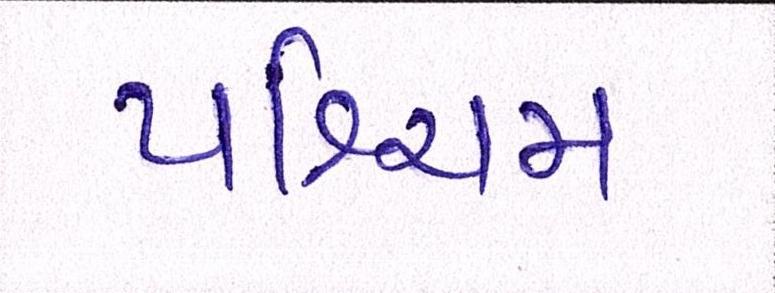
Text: પશ્ચિમ